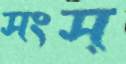
সংস্